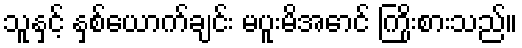
သူနှင့် နှစ်ယောက်ချင်း မပူးမိအောင် ကြိုးစားသည်။